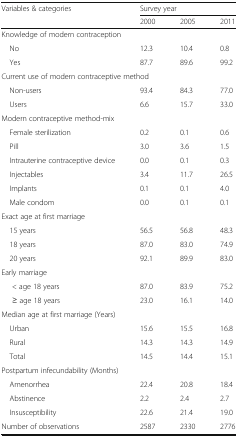
<table><thead><tr><td rowspan="2"><b>Variables &amp; categories</b></td><td colspan="3"><b>Survey year</b></td></tr><tr><td><b>2000</b></td><td><b>2005</b></td><td><b>2011</b></td></tr></thead><tbody><tr><td colspan="4">Knowledge of modern contraception</td></tr><tr><td> No</td><td>12.3</td><td>10.4</td><td>0.8</td></tr><tr><td> Yes</td><td>87.7</td><td>89.6</td><td>99.2</td></tr><tr><td colspan="4">Current use of modern contraceptive method</td></tr><tr><td> Non-users</td><td>93.4</td><td>84.3</td><td>77.0</td></tr><tr><td> Users</td><td>6.6</td><td>15.7</td><td>33.0</td></tr><tr><td colspan="4">Modern contraceptive method-mix</td></tr><tr><td> Female sterilization</td><td>0.2</td><td>0.1</td><td>0.6</td></tr><tr><td> Pill</td><td>3.0</td><td>3.6</td><td>1.5</td></tr><tr><td> Intrauterine contraceptive device</td><td>0.0</td><td>0.1</td><td>0.3</td></tr><tr><td> Injectables</td><td>3.4</td><td>11.7</td><td>26.5</td></tr><tr><td> Implants</td><td>0.1</td><td>0.1</td><td>4.0</td></tr><tr><td> Male condom</td><td>0.0</td><td>0.1</td><td>0.1</td></tr><tr><td colspan="4">Exact age at first marriage</td></tr><tr><td> 15 years</td><td>56.5</td><td>56.8</td><td>48.3</td></tr><tr><td> 18 years</td><td>87.0</td><td>83.0</td><td>74.9</td></tr><tr><td> 20 years</td><td>92.1</td><td>89.9</td><td>83.0</td></tr><tr><td colspan="4">Early marriage</td></tr><tr><td>&lt; age 18 years</td><td>87.0</td><td>83.9</td><td>75.2</td></tr><tr><td>≥ age 18 years</td><td>23.0</td><td>16.1</td><td>14.0</td></tr><tr><td colspan="4">Median age at first marriage (Years)</td></tr><tr><td> Urban</td><td>15.6</td><td>15.5</td><td>16.8</td></tr><tr><td> Rural</td><td>14.3</td><td>14.3</td><td>14.9</td></tr><tr><td> Total</td><td>14.5</td><td>14.4</td><td>15.1</td></tr><tr><td colspan="4">Postpartum infecundability (Months)</td></tr><tr><td> Amenorrhea</td><td>22.4</td><td>20.8</td><td>18.4</td></tr><tr><td> Abstinence</td><td>2.2</td><td>2.4</td><td>2.7</td></tr><tr><td> Insusceptibility</td><td>22.6</td><td>21.4</td><td>19.0</td></tr><tr><td>Number of observations</td><td>2587</td><td>2330</td><td>2776</td></tr></tbody></table>